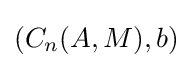
(C_{n}(A,M),b)